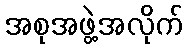
အစုအဖွဲ့အလိုက်